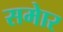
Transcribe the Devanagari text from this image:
समेार